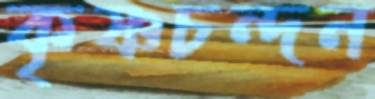
কৃষ্ণচন্দন